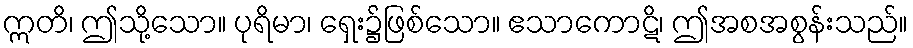
ဣတိ၊ ဤသို့သော။ ပုရိမာ၊ ရှေး၌ဖြစ်သော။ ဧသာကောဋိ၊ ဤအစအစွန်းသည်။